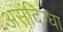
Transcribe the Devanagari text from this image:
असंदिग्धा